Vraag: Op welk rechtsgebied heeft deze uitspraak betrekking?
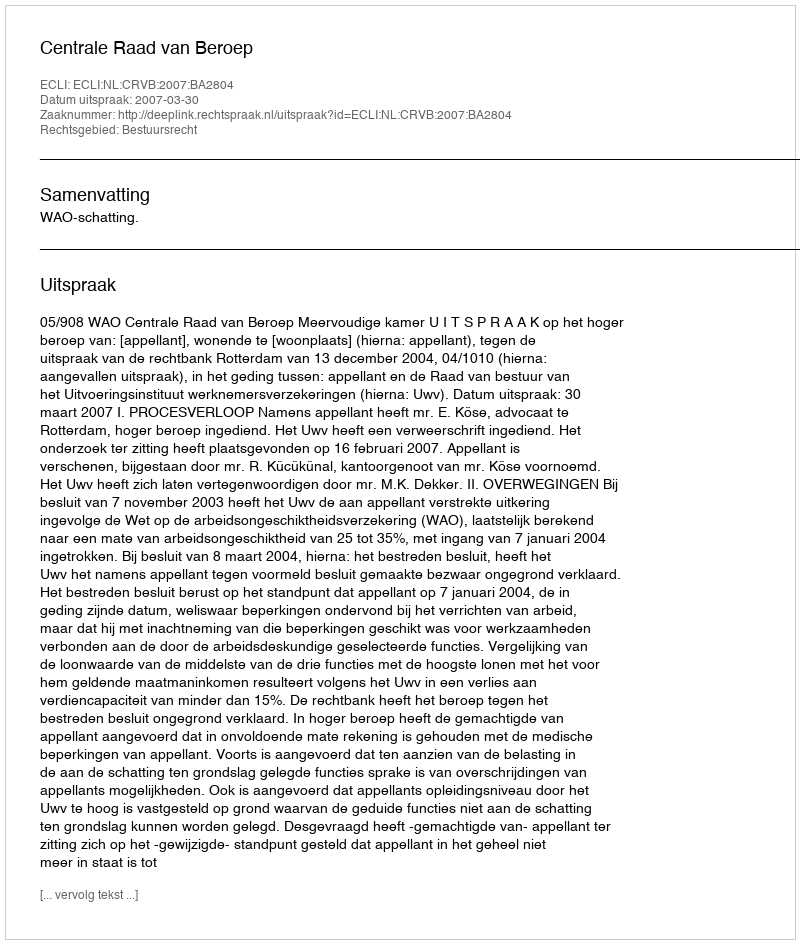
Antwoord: Bestuursrecht